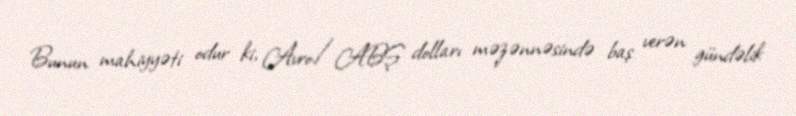
Bunun mahiyyəti odur ki, Avro/ABŞ dolları məzənnəsində baş verən gündəlik